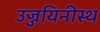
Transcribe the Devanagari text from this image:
उज्जयिनीस्थ